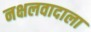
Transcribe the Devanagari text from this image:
नक्षलवादाला